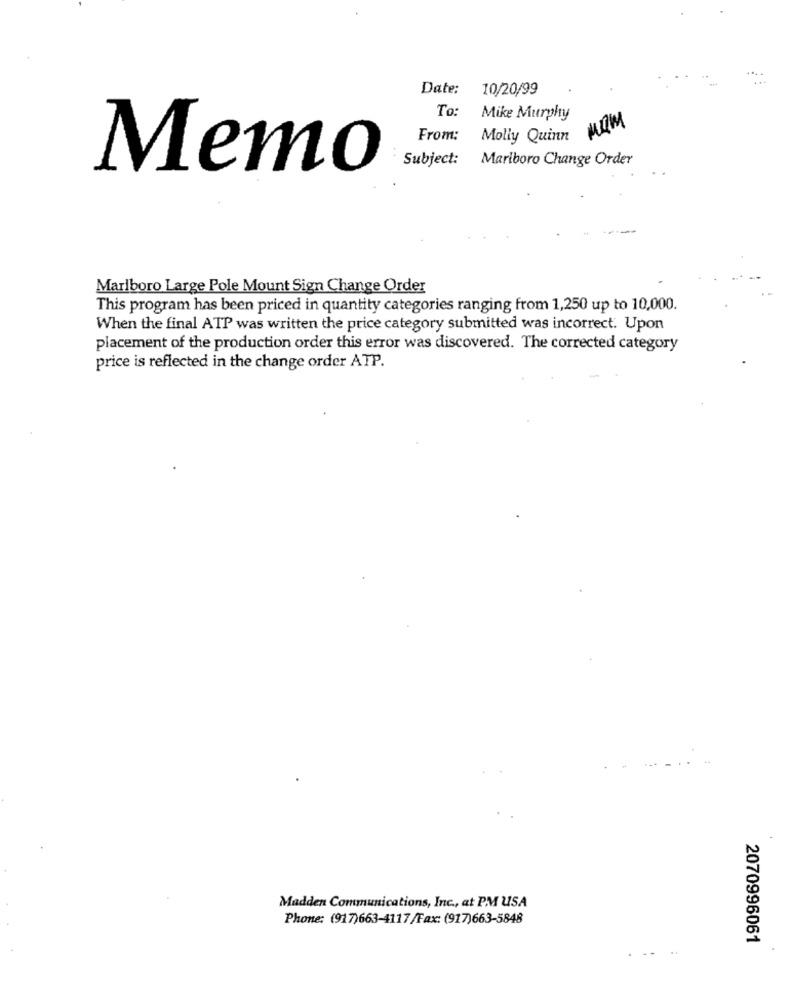
..
Date:
10/20/99
To:
Mike Murphy
MQM
From:
Molly Quinn
Subject:
Marlboro Change Order
Memo
Marlboro Large Pole Mount Sign Change Order
This program has been priced in quantity categories ranging from 1,250 up to 10,000.
When the final ATP was written the price category submitted was incorrect. Upon
placement of the production order this error was discovered. The corrected category
price is reflected in the change order ATP.
Madden Communications, Inc ., at PM USA
Phone: (917)663-4117/Fax: (917)663-5848
2070996061
..